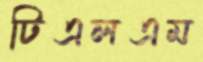
টিএলএম